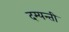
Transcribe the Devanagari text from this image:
दम्यन्ती